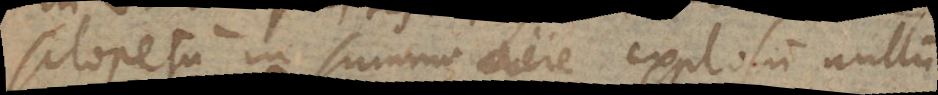
sclopetum in summo aere explosum nullum